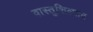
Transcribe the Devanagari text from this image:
वास्तुशिल्पात